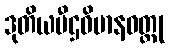
ဒုတိယပီဌဝိမာနဝတ္ထု